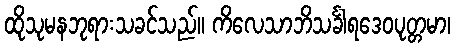
ထိုသုမနဘုရားသခင်သည်။ ကိလေသာဘိသင်္ခါရဒေဝပုတ္တမာ၊